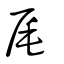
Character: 尾